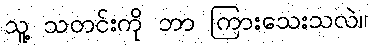
သူ့ သတင်းကို ဘာ ကြားသေးသလဲ။